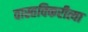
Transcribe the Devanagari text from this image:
वास्तविकरीत्या